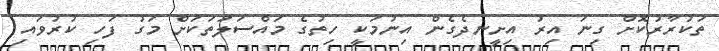
ތަކުރާރުކޮށް ގިނަ އިރު އިށީނދެގެން އިނުމަކީ ހިތުގެ މައްސަލަތަކަށް މަގު ފަހި ކުރުވައި